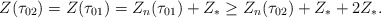
\begin{align*}Z(\tau_{02})=Z(\tau_{01})=Z_n(\tau_{01})+Z_*\ge Z_n(\tau_{02})+Z_*+ 2 Z_*.\end{align*}